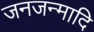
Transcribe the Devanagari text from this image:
जनजन्मादि